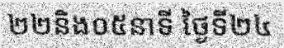
២២និង០៥នាទី ថ្ងៃទី២៤